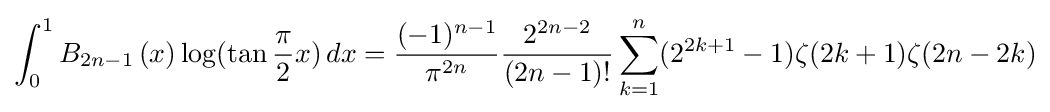
\int _{0}^{1}B_{2n-1}\left(x\right)\log(\tan {\frac {\pi }{2}}x)\,dx={\frac {(-1)^{n-1}}{\pi ^{2n}}}{\frac {2^{2n-2}}{(2n-1)!}}\sum _{k=1}^{n}(2^{2k+1}-1)\zeta (2k+1)\zeta (2n-2k)